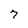
Character: 7